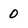
Character: 0